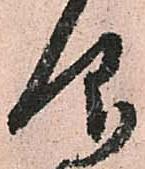
仰